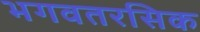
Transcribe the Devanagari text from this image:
भगवतरसिक